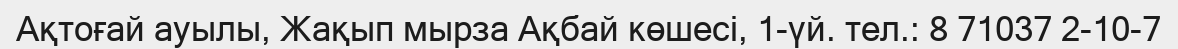
Ақтоғай ауылы, Жақып мырза Ақбай көшесі, 1-үй. тел.: 8 71037 2-10-7